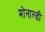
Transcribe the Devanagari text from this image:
मोनाल्डी